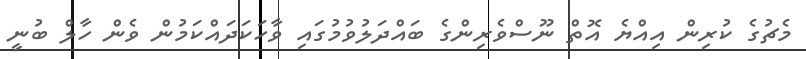
މެޗުގެ ކުރިން އިއްޔެ އޮތް ނޫސްވެރިންގެ ބައްދަލުވުމުގައި ވާހަކަދައްކަމުން ވެން ހާލް ބުނީ